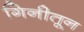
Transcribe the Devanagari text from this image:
गिनीतून